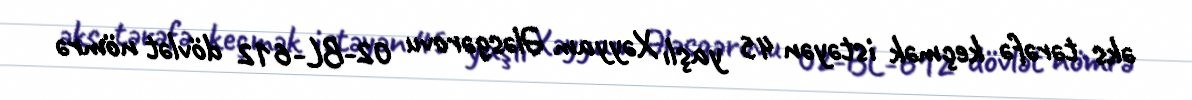
əks tərəfə keçmək istəyən 45 yaşlı Xəyyam Ələsgərovu 02-BL-612 dövlət nömrə